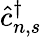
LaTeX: \hat{c}_{n,s}^{\dagger}